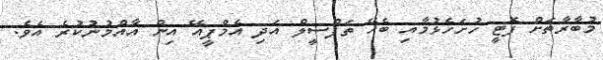
މުބާރާތަށް ފޮޓީ ހުށަހެޅުމާއި ބެހޭ ތަފްސީލް އަދި އެމްޕީއޭ އިން އާއްމުނުކުރެ އެވެ.